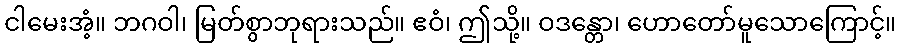
ငါမေးအံ့။ ဘဂဝါ၊ မြတ်စွာဘုရားသည်။ ဧဝံ၊ ဤသို့။ ဝဒန္တော၊ ဟောတော်မူသောကြောင့်။